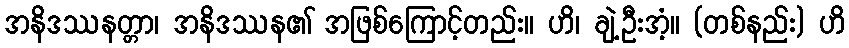
အနိဒဿနတ္တာ၊ အနိဒဿန၏ အဖြစ်ကြောင့်တည်း။ ဟိ၊ ချဲ့ဦးအံ့။ (တစ်နည်း) ဟိ